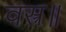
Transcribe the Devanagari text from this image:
वस्त्र॥